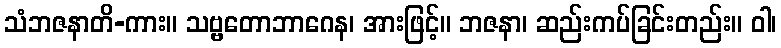
သံဘဇနာတိ-ကား။ သဗ္ဗတောဘာဂေန၊ အားဖြင့်။ ဘဇနာ၊ ဆည်းကပ်ခြင်းတည်း။ ဝါ၊